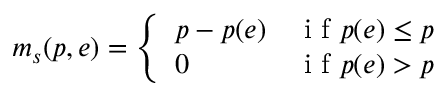
m _ { s } ( p , e ) = \left\{ \begin{array} { l l } { p - p ( e ) } & { \mathrm { ~ i ~ f ~ } p ( e ) \leq p } \\ { 0 } & { \mathrm { ~ i ~ f ~ } p ( e ) > p } \end{array} \right.